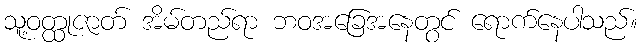
သူ့ဝတ္ထုဇာတ် အိမ်တည်ရာ ဘဝအခြေအနေတွင် ရောက်နေပါသည်။